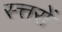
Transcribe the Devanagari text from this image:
स्त्तरों